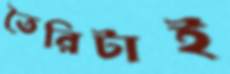
তৈরিটাই